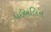
ધઇબલિન